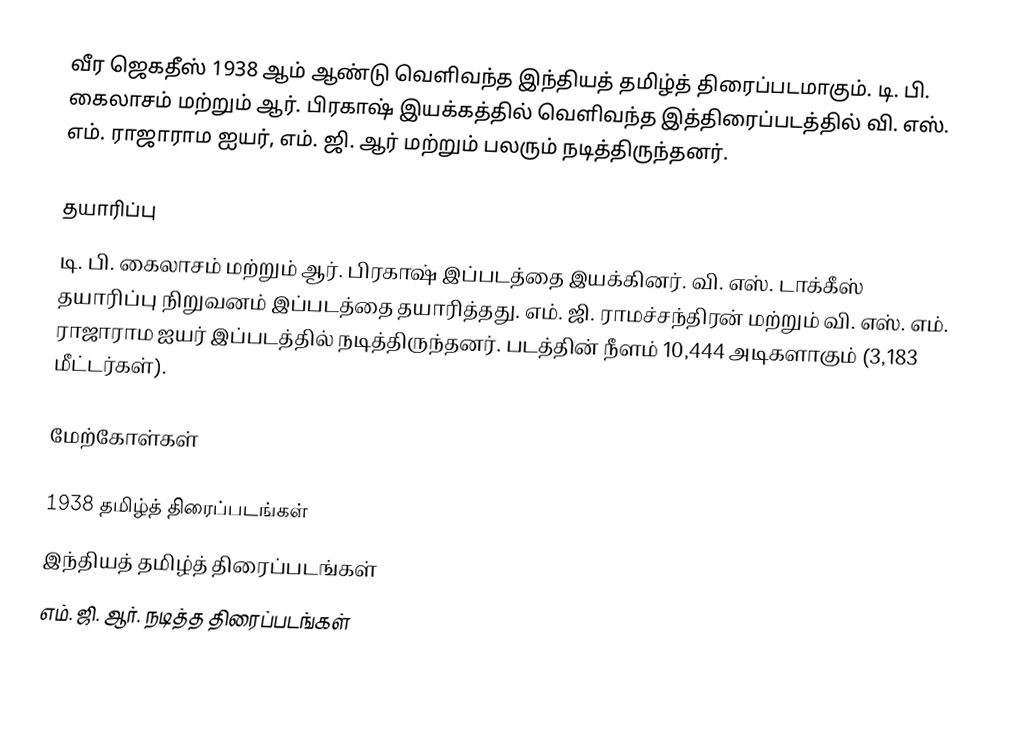
வீர ஜெகதீஸ் 1938 ஆம் ஆண்டு வெளிவந்த இந்தியத் தமிழ்த் திரைப்படமாகும். டி. பி. கைலாசம் மற்றும் ஆர். பிரகாஷ் இயக்கத்தில் வெளிவந்த இத்திரைப்படத்தில் வி. எஸ். எம். ராஜாராம ஐயர், எம். ஜி. ஆர் மற்றும் பலரும் நடித்திருந்தனர்.

தயாரிப்பு
டி. பி. கைலாசம் மற்றும் ஆர். பிரகாஷ் இப்படத்தை இயக்கினர். வி. எஸ். டாக்கீஸ் தயாரிப்பு நிறுவனம் இப்படத்தை தயாரித்தது. எம். ஜி. ராமச்சந்திரன் மற்றும் வி. எஸ். எம். ராஜாராம ஐயர் இப்படத்தில் நடித்திருந்தனர். படத்தின் நீளம் 10,444 அடிகளாகும் (3,183 மீட்டர்கள்).

மேற்கோள்கள்

1938 தமிழ்த் திரைப்படங்கள்
இந்தியத் தமிழ்த் திரைப்படங்கள்
எம். ஜி. ஆர். நடித்த திரைப்படங்கள்